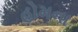
હોમના